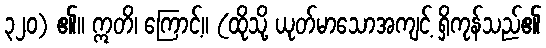
၃၂၀) ၏။ ဣတိ၊ ကြောင့်။ (ထိုသို့ ယုတ်မာသောအကျင့် ရှိကုန်သည်၏